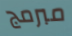
مبرمج